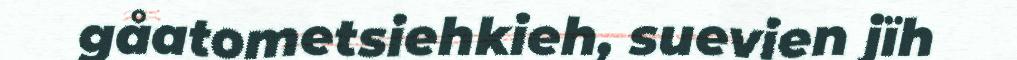
gåatometsiehkieh, suevien jïh